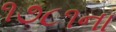
૧૭૮૧ના